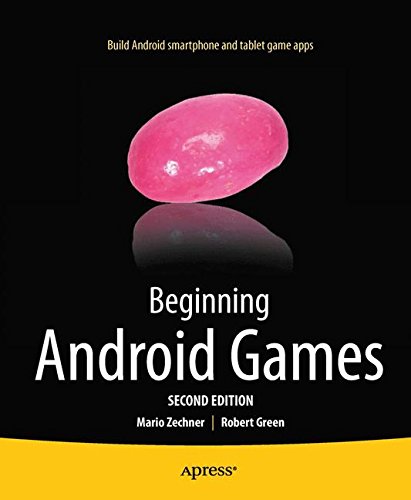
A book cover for Beginning Android Games; Robert Green; Computers & Technology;